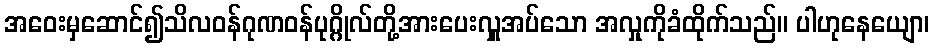
အဝေးမှဆောင်၍သိလဝန်ဂုဏဝန်ပုဂ္ဂိုလ်တို့အားပေးလှူအပ်သော အလှုကိုခံထိုက်သည်။ ပါဟုနေယျော၊